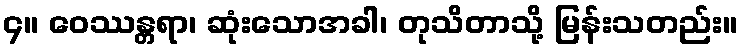
၄။ ဝေဿန္တရာ၊ ဆုံးသောအခါ၊ တုသိတာသို့ မြန်းသတည်း။